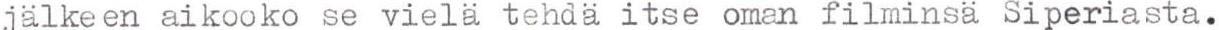
jälkeen aikooko se vielä tehdä itse oman filminsä Siperiasta.